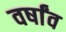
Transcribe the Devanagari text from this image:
वर्षांव